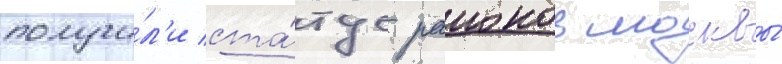
получи́л'и ста́тус раионов москвы́